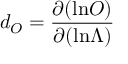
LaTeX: d _ { O } = { \frac { \partial ( \mathrm { l n } O ) } { \partial ( \mathrm { l n } \Lambda ) } }